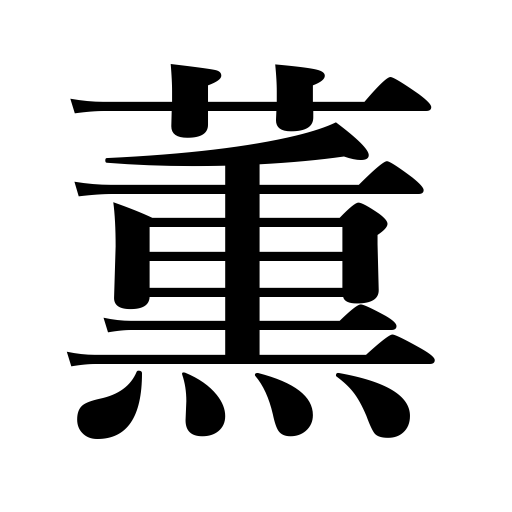
Meanings: send forth fragrance,be fragrant,smell,impregnate with,be scented